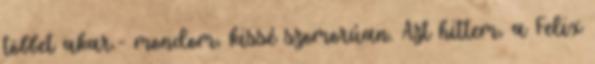
többet akar.- mondom, kissé szomorúan. Azt hittem, a Felix